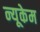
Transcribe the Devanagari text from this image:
न्यूकेम